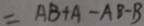
= A B + A - A B - B